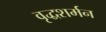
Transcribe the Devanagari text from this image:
वृद्धशर्मन